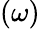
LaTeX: \left(\omega\right)